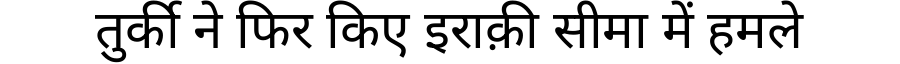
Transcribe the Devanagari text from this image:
तुर्की ने फिर किए इराक़ी सीमा में हमले